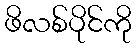
ဖိလစ်ပိုင်ကို